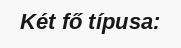
Két fő típusa: